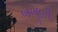
બખૂબી